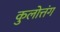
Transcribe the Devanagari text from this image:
कुलोत्तंग